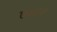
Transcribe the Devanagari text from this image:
एम्मर